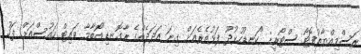
ރަސްމިއްޔާތުފޮޓޯ ސްޓޯރީ: "ކަނޑުހުޅުދޫ ފަޅުތެރެއަށް ގިނަ އަދަދެއްގެ ރާގޮނޑި"އޮބާމާ ވައިޓް ހައުސްއަށް ފަހު